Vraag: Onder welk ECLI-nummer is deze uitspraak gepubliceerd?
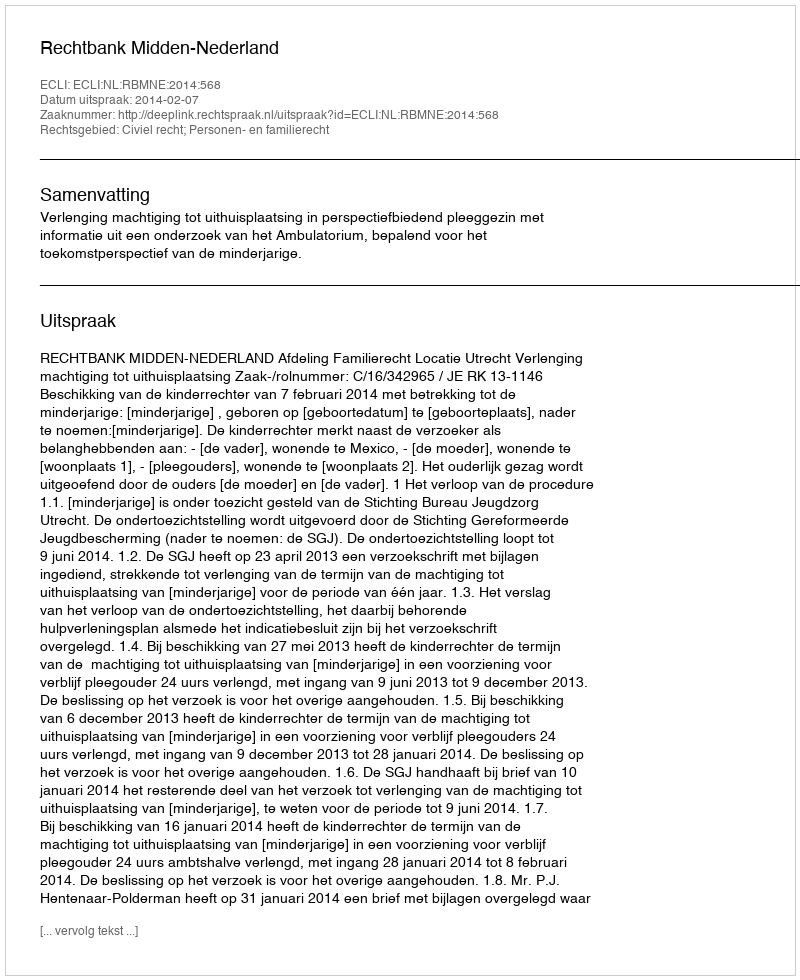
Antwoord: ECLI:NL:RBMNE:2014:568